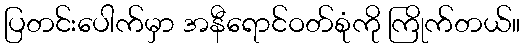
ပြတင်းပေါက်မှာ အနီရောင်ဝတ်စုံကို ကြိုက်တယ်။